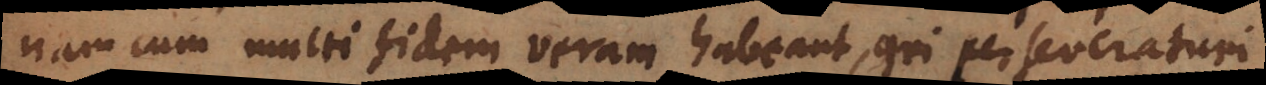
am cum multi fidem veram habeant, qui perseveraturi